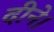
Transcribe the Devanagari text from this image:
दीने।